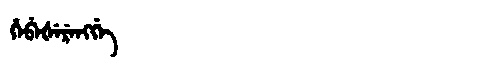
Manchu: ᡥᡝᠪᡝᡧᡝᡵᡝᠩᡤᡝ
Romanization: HEBEŠERENGGE